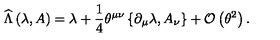
\widehat { \Lambda } \left( \lambda , A \right) = \lambda + \frac { 1 } { 4 } \theta ^ { \mu \nu } \left\{ \partial _ { \mu } \lambda , A _ { \nu } \right\} + { \cal O } \left( \theta ^ { 2 } \right) .